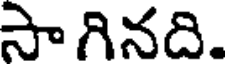
సాగినది.